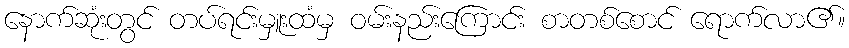
နောက်ဆုံးတွင် တပ်ရင်းမှူးထံမှ ဝမ်းနည်းကြောင်း စာတစ်စောင် ရောက်လာ၏။